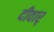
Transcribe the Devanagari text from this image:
दीवार्